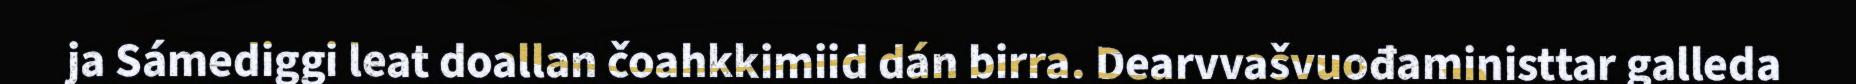
ja Sámediggi leat doallan čoahkkimiid dán birra. Dearvvašvuođaministtar galleda